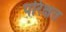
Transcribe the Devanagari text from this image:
परिक्षत